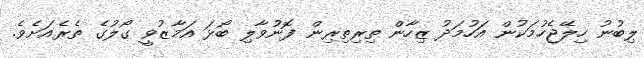
ލިބުނު ހިލޭޖެހުމަކުން އަހުމަދު ޒިހާން ތިރިތިރިން ފޮނުވާލި ބޯޅަ އަމާޒުވީ ގޯލުގެ ތެރެއަށެވެ.